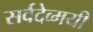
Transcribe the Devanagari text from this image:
सर्वदेव्मयी